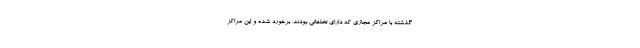
گذشته با مراکز مجازی که دارای تخلفاتی بودند، برخورد شده و این مراکز